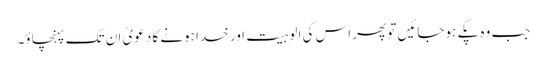
جب وہ پکے ہوجائیں تو پھر اس کی الوہیت اور خدا ہونے کا دعویٰ ان تک پہنچاؤ۔